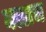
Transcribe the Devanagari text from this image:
क्लाच